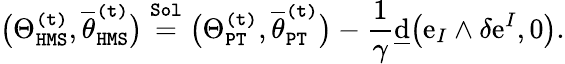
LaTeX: \big(\Theta_{\mathtt{HMS}}^{\mathtt{(t)}},\overline{{\theta}}_{\mathtt{HMS}}^{\mathtt{(t)}}\big)\overset{\mathtt{Sol}}{=}\big(\Theta_{\mathtt{PT}}^{\mathtt{(t)}},\overline{{\theta}}_{\mathtt{PT}}^{\mathtt{(t)}}\big)-\frac{1}{\gamma}\underline{{\mathrm{d}}}\big(\mathrm{e}_{I}\wedge\delta\mathrm{e}^{I},0\big).